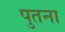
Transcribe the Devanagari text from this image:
पुतना